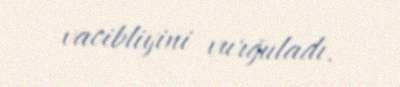
vacibliyini vurğuladı.